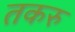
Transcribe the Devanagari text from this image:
तकरु